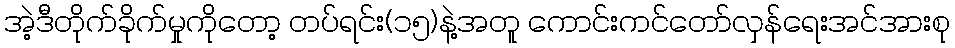
အဲ့ဒီတိုက်ခိုက်မှုကိုတော့ တပ်ရင်း(၁၅)နဲ့အတူ ကောင်းကင်တော်လှန်ရေးအင်အားစု